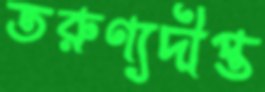
তরুণ্যদীপ্ত